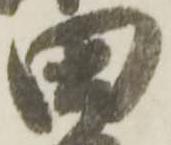
田